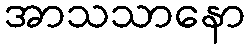
အာသသာနော